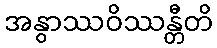
အနွာဿဝိဿန္တီတိ